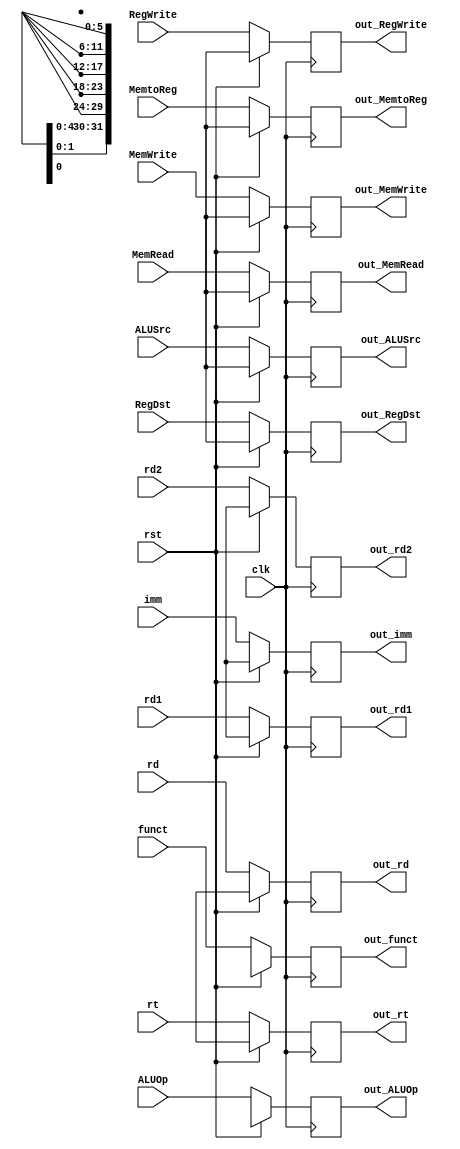

module reg_ID_EX( clk, rst, ALUOp, ALUSrc, RegDst, MemRead, MemWrite, 
				  MemtoReg, RegWrite, rd1, rd2, imm, rt, rd, funct, 
				  out_ALUOp, out_ALUSrc, out_RegDst, out_MemRead, out_MemWrite, out_MemtoReg, out_RegWrite, 
				  out_rd1, out_rd2, out_imm, out_rt, out_rd, out_funct);

    input clk, rst ;
    input ALUSrc, RegDst, MemRead, MemWrite, MemtoReg, RegWrite ; 
	input [1:0] ALUOp ; 
	input [4:0] rt, rd ;
	input [5:0] funct ;
	input [31:0] rd1, rd2, imm ;
	
	output out_ALUSrc, out_RegDst, out_MemRead, out_MemWrite, out_MemtoReg, out_RegWrite ; 
	output [1:0] out_ALUOp ; 
	output [4:0] out_rt, out_rd ;
	output [5:0] out_funct ;
	output [31:0] out_rd1, out_rd2, out_imm ;
	
	reg out_ALUSrc, out_RegDst, out_MemRead, out_MemWrite, out_MemtoReg, out_RegWrite ; 
	reg [1:0] out_ALUOp ; 
	reg [4:0] out_rt, out_rd ;
	reg [5:0] out_funct ;
	reg [31:0] out_PC, out_rd1, out_rd2, out_imm ;
   
    always @( posedge clk ) begin
        if ( rst )
		begin
			out_ALUSrc <= 1'bx ;
			out_RegDst <= 1'bx ;
			out_MemRead <= 1'bx ;
			out_MemWrite <= 1'bx ;
			out_MemtoReg <= 1'bx ;
			out_RegWrite <= 1'bx ;
			out_ALUOp <= 2'bx ;
			out_rt <= 5'bx ;
			out_rd <= 5'bx ;
			out_funct <= 6'bx ;
			out_rd1 <= 32'bx ;
			out_rd2 <= 32'bx ;
			out_imm <= 32'bx ;

		end
        else
		begin
			out_ALUSrc <= ALUSrc ;
			out_RegDst <= RegDst ;
			out_MemRead <= MemRead ;
			out_MemWrite <= MemWrite ;
			out_MemtoReg <= MemtoReg ;
			out_RegWrite <= RegWrite ;
			out_ALUOp <= ALUOp ;
			out_rt <= rt ;
			out_rd <= rd ;
			out_funct <= funct ;
			out_rd1 <= rd1 ;
			out_rd2 <= rd2 ;
			out_imm <= imm ;

		end
    end

endmodule